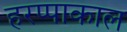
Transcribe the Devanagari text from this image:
हरप्पाकाल